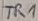
Text: TR1